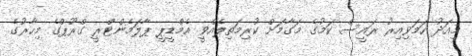
މިއަދު ހަމަވިއިރު ރައީސް ކަމުގެ މަގާމަށް ކުރިމަތިލެއްވީ އެމްޑީޕީ ޕާލަމެންޓްރީ ގްރޫޕްގެ މިހާރުގެ